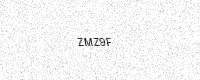
Text: ZMZ9F